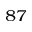
^ { 8 7 }